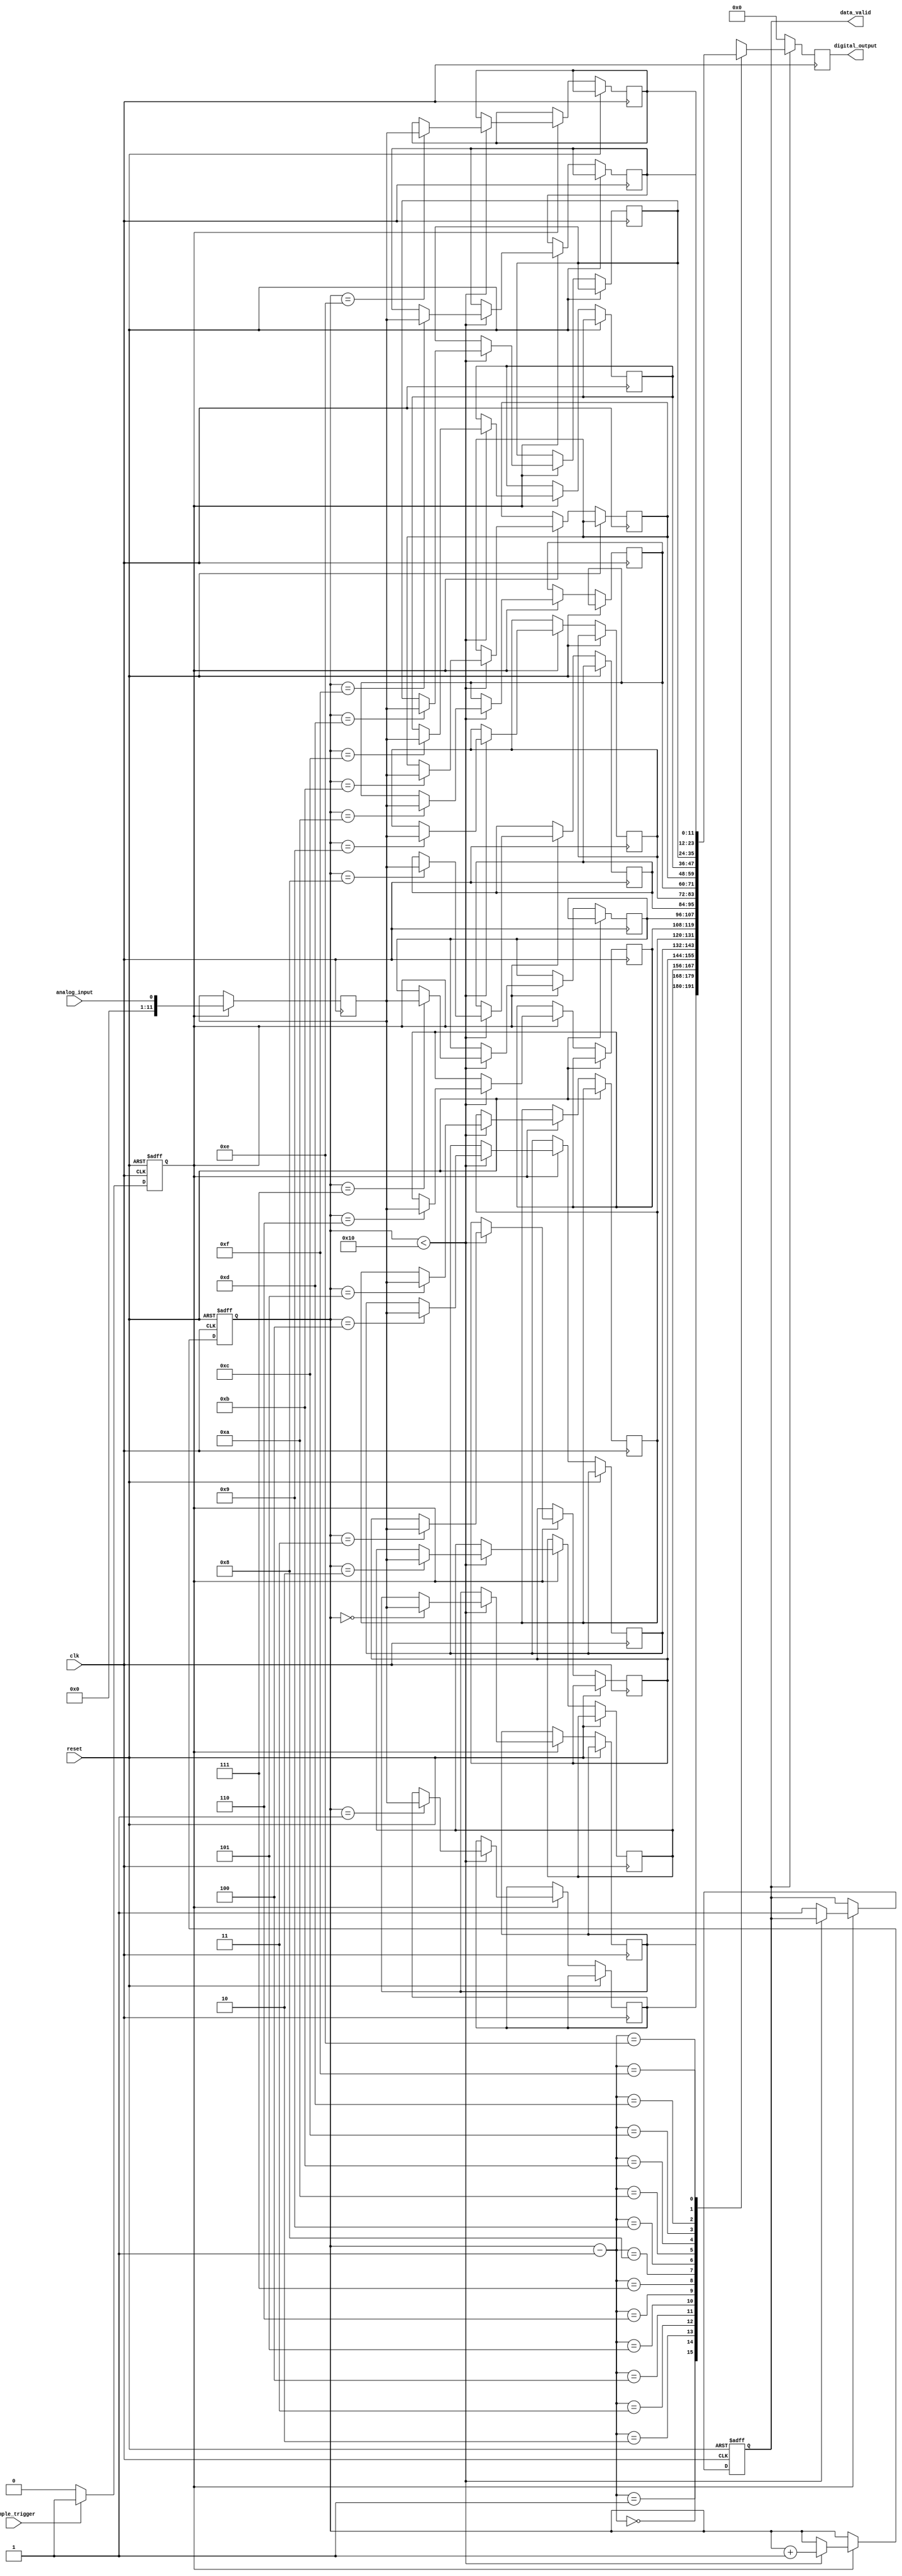
module TDC (
    input wire clk,                // System clock
    input wire reset,              // Active high reset
    input wire analog_input,       // Analog input signal (for simulation purposes, treated as a digital signal)
    input wire sample_trigger,      // Signal to trigger sampling
    output reg [11:0] digital_output, // 12-bit digital output
    output reg data_valid          // Data valid signal
);

    // Parameters
    parameter NUM_SAMPLES = 16;    // Number of samples to store
    parameter ADC_RESOLUTION = 12;  // ADC resolution (12 bits)
    
    // Internal signals
    reg [ADC_RESOLUTION-1:0] adc_value;  // ADC value storage
    reg [ADC_RESOLUTION-1:0] memory [0:NUM_SAMPLES-1]; // Memory array
    reg [3:0] write_pointer;          // Pointer for writing to memory
    reg sampling;                     // Sampling state

    // Sample and Hold Logic
    always @(posedge clk or posedge reset) begin
        if (reset) begin
            sampling <= 1'b0;
        end else if (sample_trigger) begin
            sampling <= 1'b1;
        end else begin
            sampling <= 1'b0;
        end
    end

    // ADC Simulation (Quantization)
    always @(posedge clk) begin
        if (sampling) begin
            // For simulation, we quantize the analog input to a 12-bit digital value
            adc_value <= analog_input; // Assuming analog_input is already scaled to 12 bits
        end
    end

    // Memory Storage Logic
    always @(posedge clk or posedge reset) begin
        if (reset) begin
            write_pointer <= 4'b0;
            data_valid <= 1'b0;
        end else if (sampling) begin
            if (write_pointer < NUM_SAMPLES) begin
                memory[write_pointer] <= adc_value; // Store the ADC value in memory
                write_pointer <= write_pointer + 1; // Increment write pointer
            end else begin
                data_valid <= 1'b1; // Indicate that data is valid after filling memory
            end
        end
    end

    // Output Stage
    always @(posedge clk) begin
        if (data_valid) begin
            // For simplicity, output the last stored value in memory
            digital_output <= memory[write_pointer - 1];
        end else begin
            digital_output <= 12'b0; // Default output when no valid data
        end
    end

endmodule